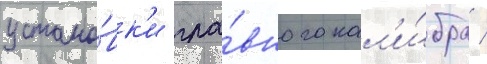
устано́вк'и гла́вного кал'и́бра /